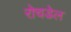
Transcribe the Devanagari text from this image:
रोचडेल